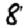
Digit: 8